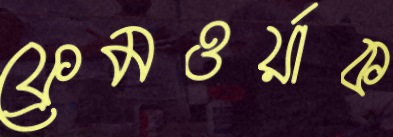
ফ্রেমওর্য়াক